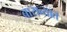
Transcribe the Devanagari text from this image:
बाराव्यात